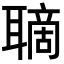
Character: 𦗑